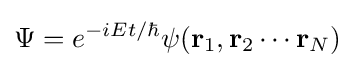
\Psi =e^{-iEt/\hbar }\psi (\mathbf {r} _{1},\mathbf {r} _{2}\cdots \mathbf {r} _{N})